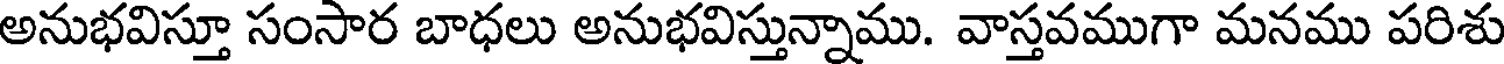
అనుభవిస్తూ సంసార బాధలు అనుభవిస్తున్నాము. వాస్తవముగా మనము పరిశు